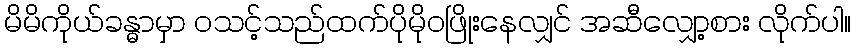
မိမိကိုယ်ခန္ဓာမှာ ဝသင့်သည်ထက်ပိုမိုဝဖြိုးနေလျှင် အဆီလျှော့စား လိုက်ပါ။